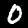
Label: 0